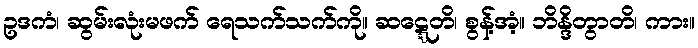
ဥဒကံ၊ ဆွမ်းလုံးမဖက် ရေသက်သက်ကို။ ဆဋ္ဋေတိ၊ စွန့်အံ့။ ဘိန္ဒိတွာတိ၊ ကား။